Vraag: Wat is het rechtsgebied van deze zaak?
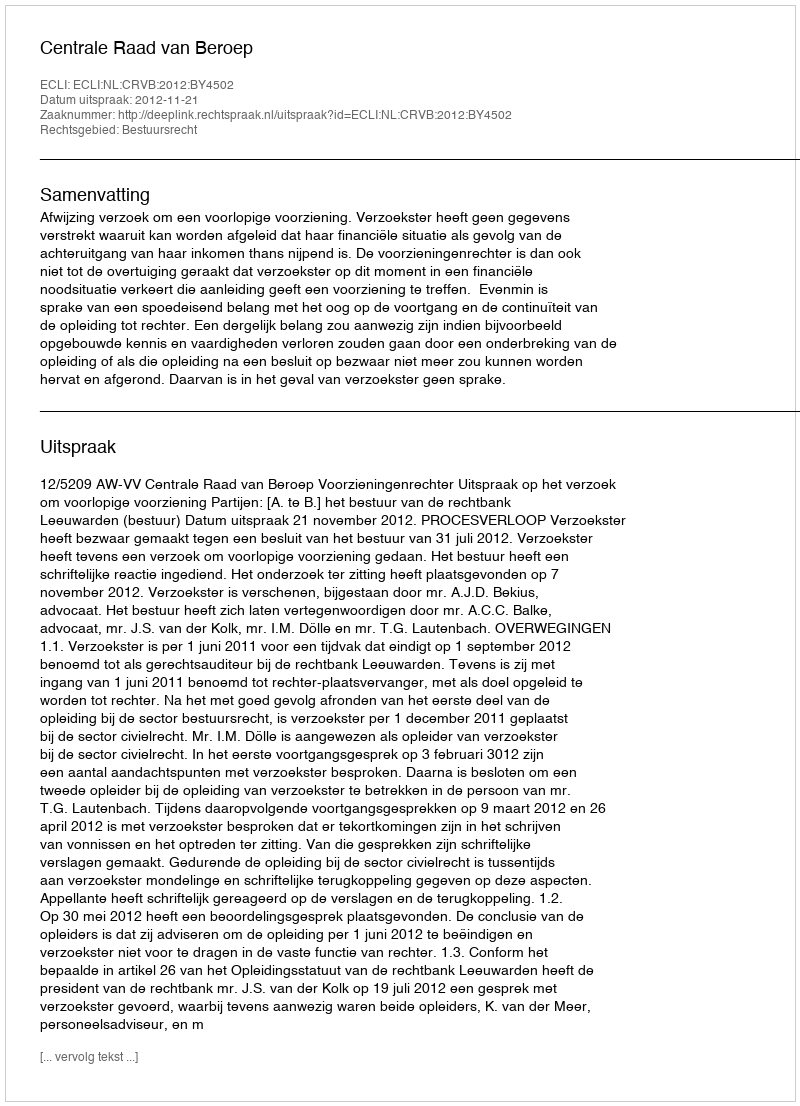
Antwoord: Bestuursrecht